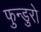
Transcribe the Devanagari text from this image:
फुन्डुरो